Leaving Certificate Examination, 1920, 1920
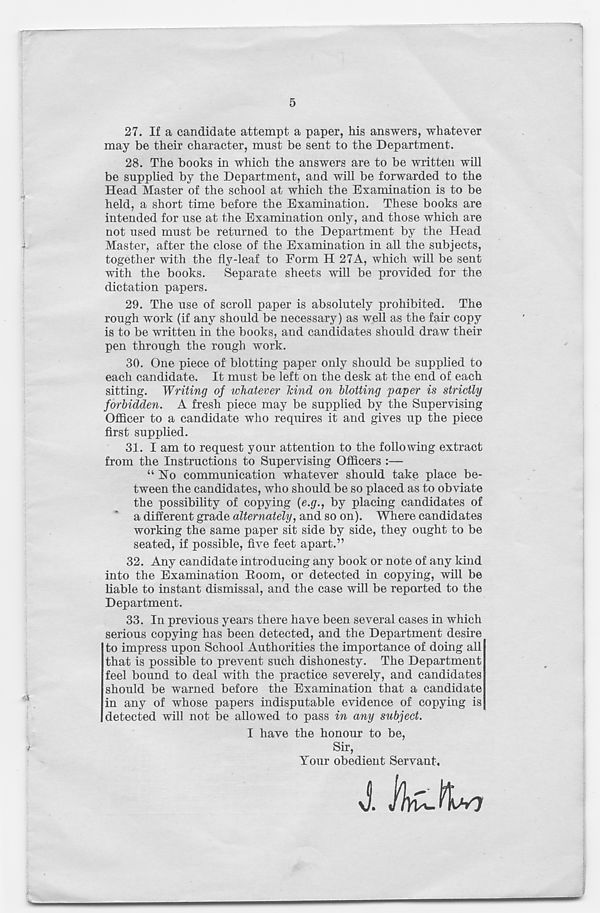
5
27. If a candidate attempt a paper, his answers, whatever
may be their character, must be sent to the Department.
28. The books in which the answers are to be written will
be supplied by the Department, and will be forwarded to the
Head Master of the school at which the Examination is to be
held, a short time before the Examination. These books are
intended for use at the Examination only, and those which are
not used must be returned to the Department by the Head
Master, after the close of the Examination in all the subjects,
together with the fly-leaf to Form H 27A, which will be sent
with the books. Separate sheets will be provided for the
dictation papers.
29. The use of scroll paper is absolutely prohibited. The
rough work (if any should be necessary) as well as the fair copy
is to be written in the books, and candidates should draw their
pen through the rough work.
30. One piece of blotting paper only should be supplied to
each candidate. It must be left on the desk at the end of each
sitting. Writing of whatever hind on blotting paper is strictly
forbidden. A fresh piece may be supplied by the Supervising
Officer to a candidate who requires it and gives up the piece
first supplied.
31. I am to request your attention to the following extract
from the Instructions to Supervising Officers :—
“No communication whatever should take place be-
tween the candidates, who should be so placed as to obviate
the possibility of copying (e.g., by placing candidates of
a different grade alternately, and so on). Where candidates
working the same paper sit side by side, they ought to be
seated, if possible, five feet apart.”
32. Any candidate introducing any book or note of any kind
into the Examination Room, or detected in copying, will be
liable to instant dismissal, and the case will be reported to the
Department.
33. In previous years there have been several cases in which
serious copying has been detected, and the Department desire
to impress upon School Authorities the importance of doing all
that is possible to prevent such dishonesty. The Department
feel bound to deal with the practice severely, and candidates
should be warned before the Examination that a candidate
in any of whose papers indisputable evidence of copying is
detected will not be allowed to pass in any subject.
I have the honour to be,
Sir,
Your obedient Servant,
J